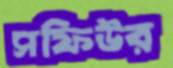
সফিউর